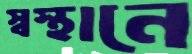
স্বস্থানে